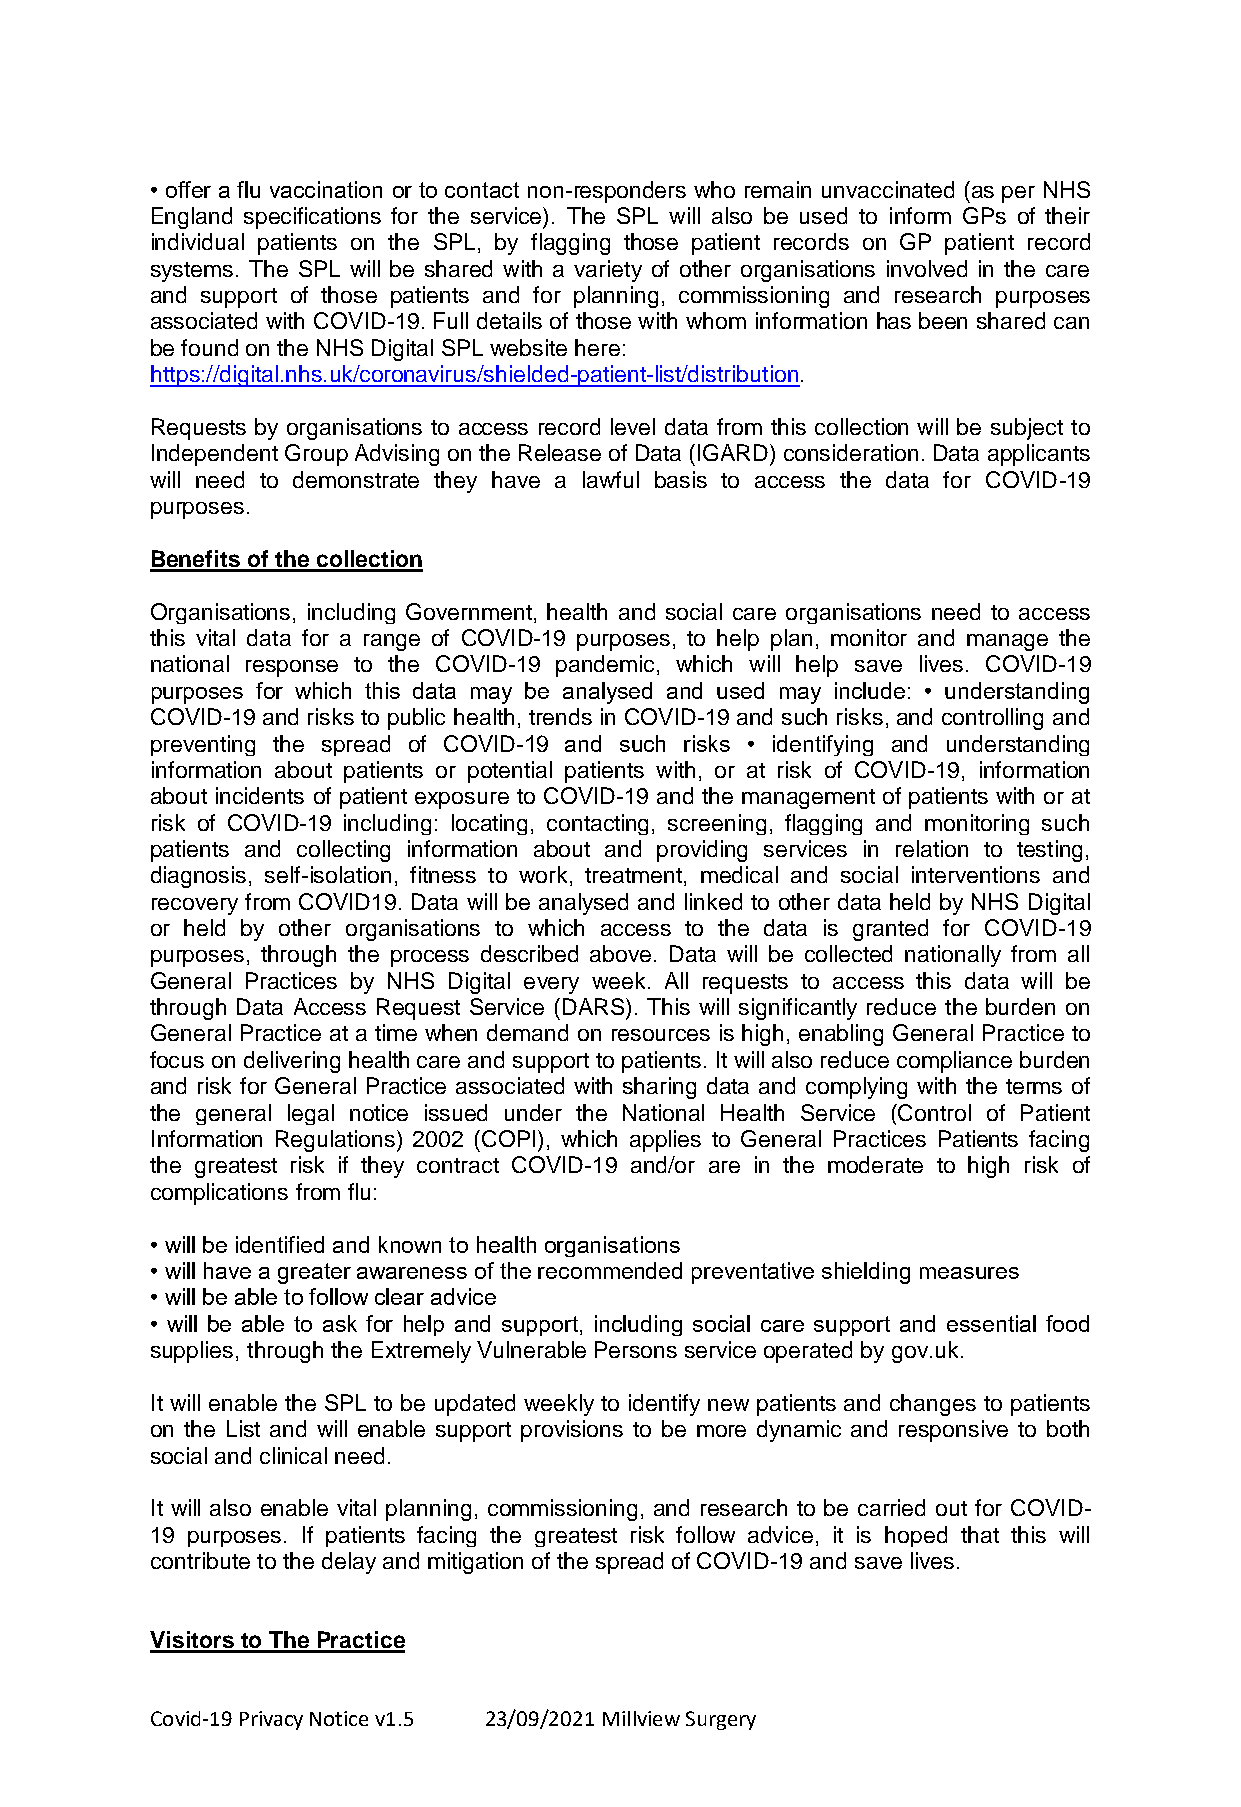
• offer a flu vaccination or to contact non-responders who remain unvaccinated (as per NHS
 England specifications for the service). The SPL will also be used to inform GPs of their
 individual patients on the SPL, by flagging those patient records on GP patient record
 systems. The SPL will be shared with a variety of other organisations involved in the care
 and support of those patients and for planning, commissioning and research purposes
 associated with COVID-19. Full details of those with whom information has been shared can
 be found on the NHS Digital SPL website here:
 https://digital.nhs.uk/coronavirus/shielded-patient-list/distribution.
 Requests by organisations to access record level data from this collection will be subject to
 Independent Group Advising on the Release of Data (IGARD) consideration. Data applicants
 will need to demonstrate they have a lawful basis to access the data for COVID-19
 purposes.
 Benefits of the collection
 Organisations, including Government, health and social care organisations need to access
 this vital data for a range of COVID-19 purposes, to help plan, monitor and manage the
 national response to the COVID-19 pandemic, which will help save lives. COVID-19
 purposes for which this data may be analysed and used may include: • understanding
 COVID-19 and risks to public health, trends in COVID-19 and such risks, and controlling and
 preventing the spread of COVID-19 and such risks • identifying and understanding
 information about patients or potential patients with, or at risk of COVID-19, information
 about incidents of patient exposure to COVID-19 and the management of patients with or at
 risk of COVID-19 including: locating, contacting, screening, flagging and monitoring such
 patients and collecting information about and providing services in relation to testing,
 diagnosis, self-isolation, fitness to work, treatment, medical and social interventions and
 recovery from COVID19. Data will be analysed and linked to other data held by NHS Digital
 or held by other organisations to which access to the data is granted for COVID-19
 purposes, through the process described above. Data will be collected nationally from all
 General Practices by NHS Digital every week. All requests to access this data will be
 through Data Access Request Service (DARS). This will significantly reduce the burden on
 General Practice at a time when demand on resources is high, enabling General Practice to
 focus on delivering health care and support to patients. It will also reduce compliance burden
 and risk for General Practice associated with sharing data and complying with the terms of
 the general legal notice issued under the National Health Service (Control of Patient
 Information Regulations) 2002 (COPI), which applies to General Practices Patients facing
 the greatest risk if they contract COVID-19 and/or are in the moderate to high risk of
 complications from flu:
 • will be identified and known to health organisations
 • will have a greater awareness of the recommended preventative shielding measures
 • will be able to follow clear advice
 • will be able to ask for help and support, including social care support and essential food
 supplies, through the Extremely Vulnerable Persons service operated by gov.uk.
 It will enable the SPL to be updated weekly to identify new patients and changes to patients
 on the List and will enable support provisions to be more dynamic and responsive to both
 social and clinical need.
 It will also enable vital planning, commissioning, and research to be carried out for COVID-
 19 purposes. If patients facing the greatest risk follow advice, it is hoped that this will
 contribute to the delay and mitigation of the spread of COVID-19 and save lives.
 Visitors to The Practice
 Covid-19 Privacy Notice v1.5 23/09/2021 Millview Surgery